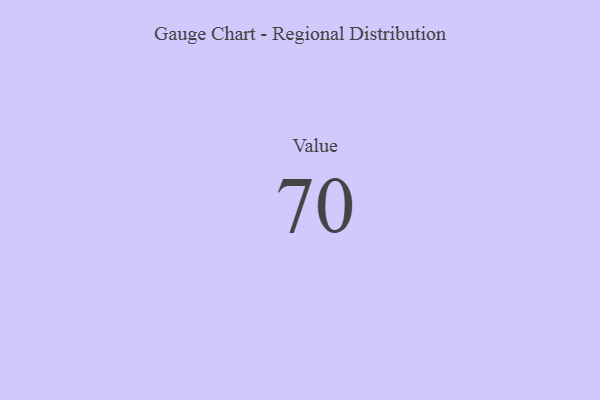
{"axis": {"x": "Metric", "y": "Value"}, "legend": [""], "data": [{"x": "Value", "y": 70, "type": ""}]}